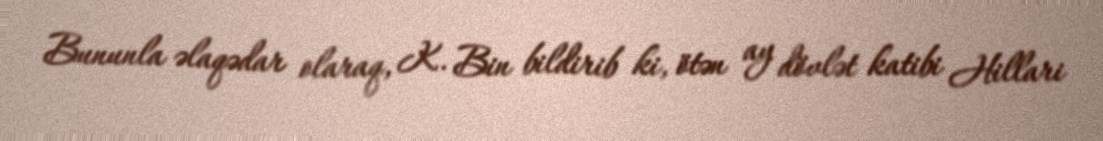
Bununla əlaqədar olaraq, K. Bin bildirib ki, ötən ay dövlət katibi Hillari